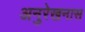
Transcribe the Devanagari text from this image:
अनुरेखनास